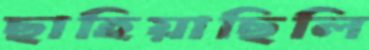
ছাহিয়াছিলি